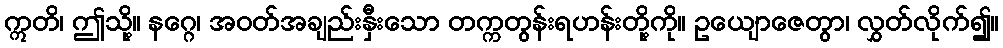
ဣတိ၊ ဤသို့။ နဂ္ဂေ၊ အဝတ်အချည်းနှီးသော တက္ကတွန်းရဟန်းတို့ကို။ ဥယျောဇေတွာ၊ လွှတ်လိုက်၍။